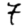
Digit: 7